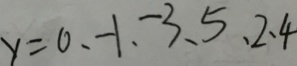
y = 0 , - 1 , - 3 , 5 , 2 , 4